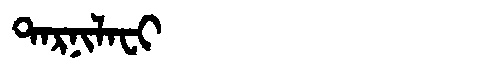
Manchu: ᡨᠠᡵᠨᡳᠯᠠᠸᡳ
Romanization: TARNILAFI